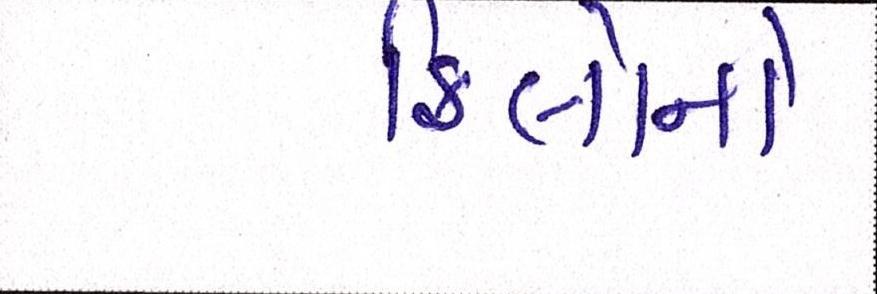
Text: કિલોનો